King Institute of Preventive Medicine Micro-Biological Section reports 1909-11
Year: 1909
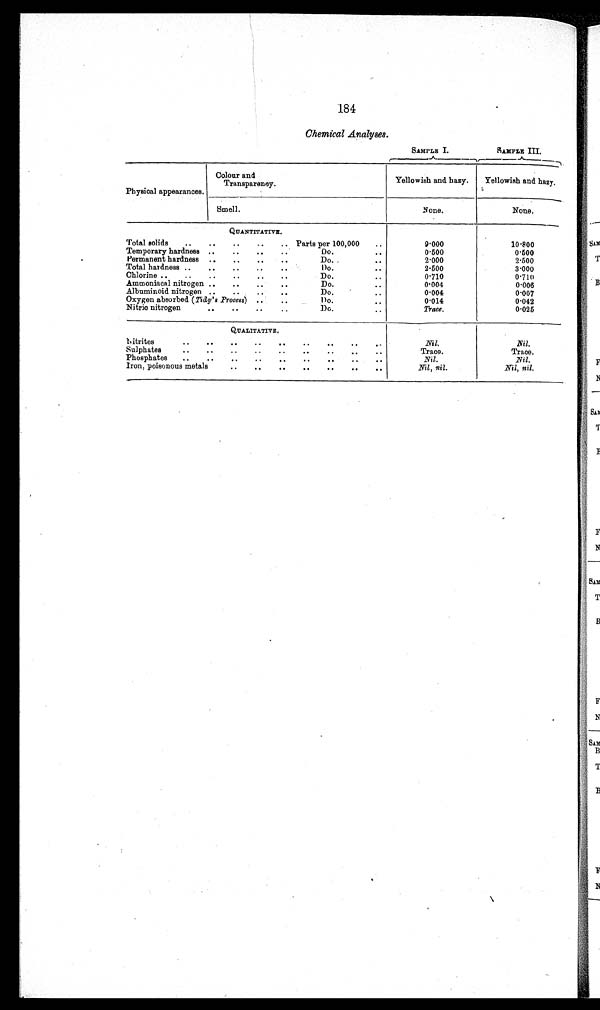
184
Chemical Analyses.
SAMPLE I.
SAMPLE III.
Physical appearances.
Colour and
Transparency.
Yellowish and hazy.
Yellowish and hazy.
Smell.
None.
None.
QUANTITATIVE.
9·000
10·800
0 · 5 0 0
0·500
2·000
2·500
2 · 5 0 0
3·000
0·710
0·710
0·004
0·006
0·004
0·007
0·014
0·042
Trace.
0·025
QUALITATIVE .
Nitrites
Nil.
Nil.
Sulphates
Trace.
Trace.
Phosphates
Nil.
Nil.
Iron, poisonous metals
Nil, nil.
Nil, nil.